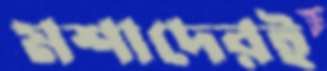
মশাদেরই